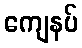
ကျေနပ်